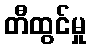
တီထွင်မှု